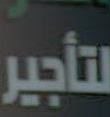
لتأجير